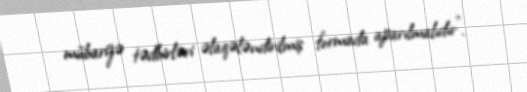
mübarizə tədbirləri əlaqələndirilmiş formada aparılmalıdır”.